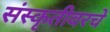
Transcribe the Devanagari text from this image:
संस्कृतीवरचे